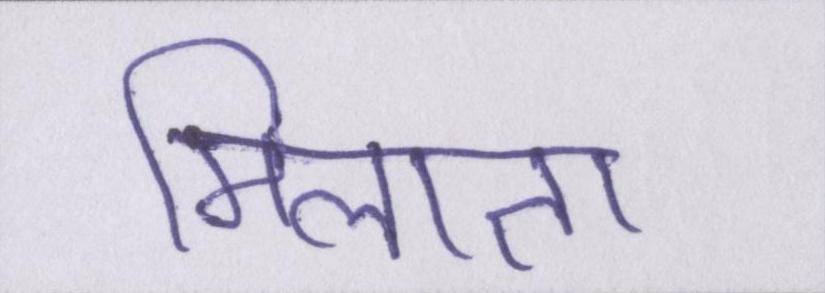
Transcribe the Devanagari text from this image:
मिलाता